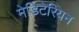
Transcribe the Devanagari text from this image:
मेडिटेरियन